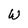
Character: W